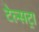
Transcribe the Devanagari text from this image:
टेल्‍सट्रा